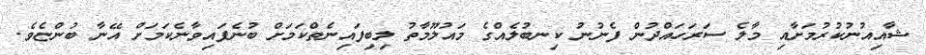
ޝާއިއުނުކުރުމަށާއި މާލެ ސަރަހައްދުން ފެނުނު ކިނބުލެއްގެ މައުލޫމާތު ލިބިފައިނެތްކަމަށް ބުނެފައިވާނެކަމަށް އޭނާ ބުންޏެވެ.